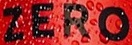
ZERO